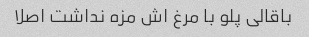
باقالی پلو با مرغ اش مزه نداشت اصلا